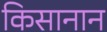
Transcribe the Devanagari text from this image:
किसानान